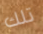
تلك